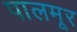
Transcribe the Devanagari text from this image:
पालमूर